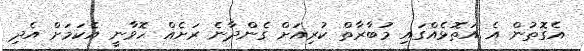
އެގޮތުން އެ އަތޮޅެއްގައި މުބާރާތް ކުރިއަށް ގެންދާނެ ރަށެއް ހޮވާނީ އެކަމަށް އެދި